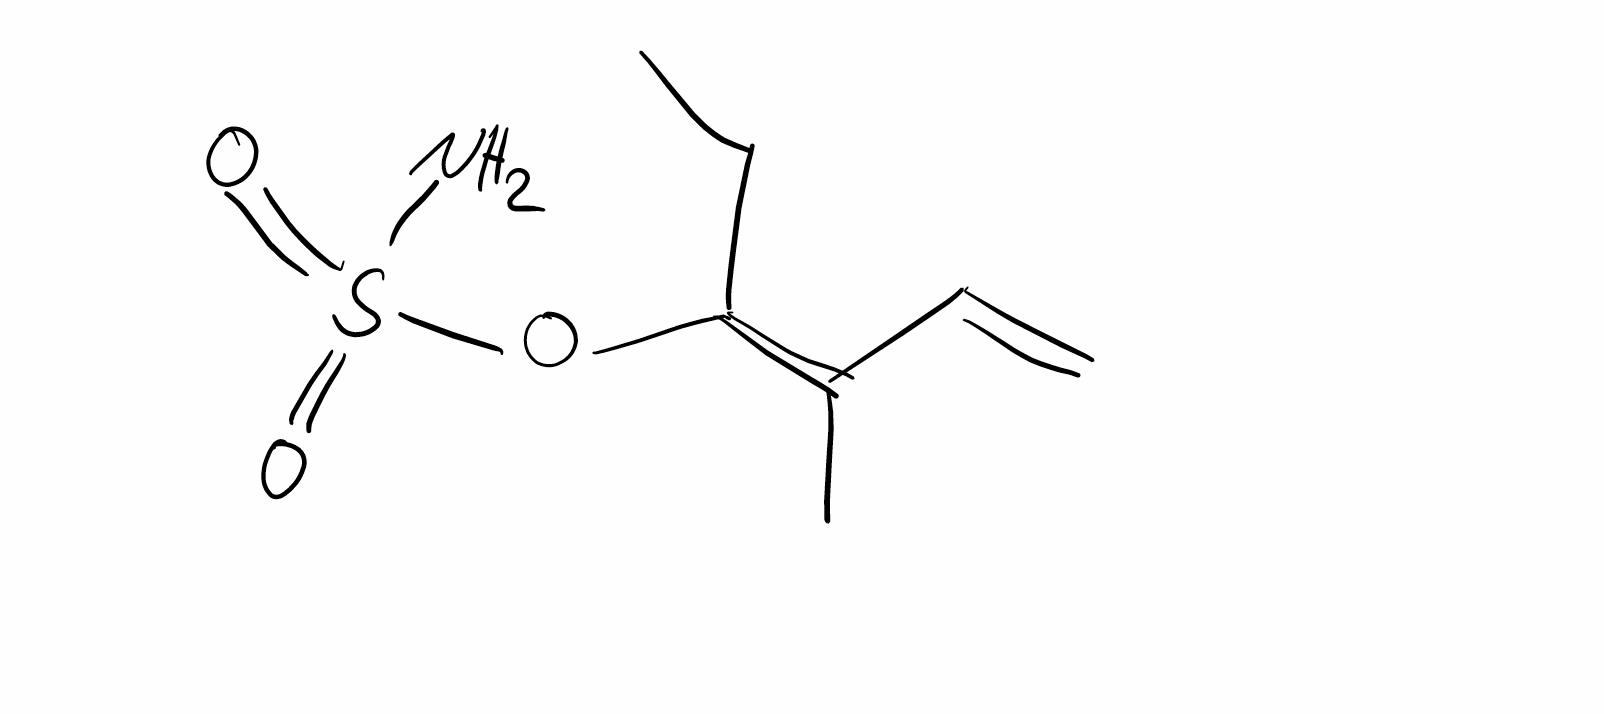
Simplified molecular-input line-entry system (SMILES) notation of the given molecule:
CC/C(=C(/C)\C=C)/OS(=O)(=O)N